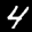
Label: 4